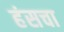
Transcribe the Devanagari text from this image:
हंसचा